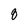
Character: 8